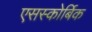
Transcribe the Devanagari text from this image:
एसस्कोर्बिक